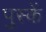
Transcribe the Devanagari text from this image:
पुस्कें